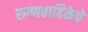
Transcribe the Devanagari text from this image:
रुग्णवाहिकेचे